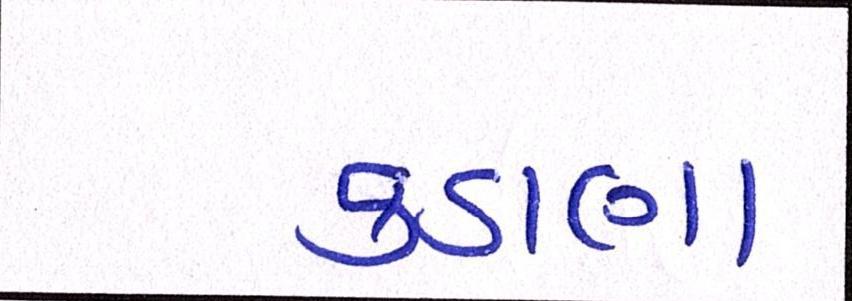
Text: કડાણા